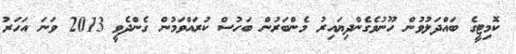
ކޮމިޓީގެ ބައްދަލުވުން ހޫނުވެގެންދިޔައިރު މެންބަރުން ބަހުސް ކުރައްވަމުން ގެންދެވީ 2013 ވަނަ އަހަރު